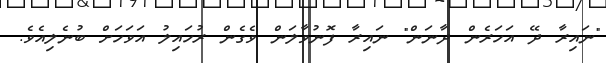
"ނައިރާ ދޭ އަހަރެން ދާނަން" ނައިރާ ފޮނުވާލަން ވެގެން ރުހައިލު އަވަހަށް ބުނެލިއެވެ.